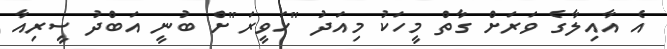
އެެ އާއިލާގެ ވަަރަށް ގާތް މީހަކު މިއަދު "ހަވީރަ"ށް ބުނީ އަބްދު ސީރިއާ